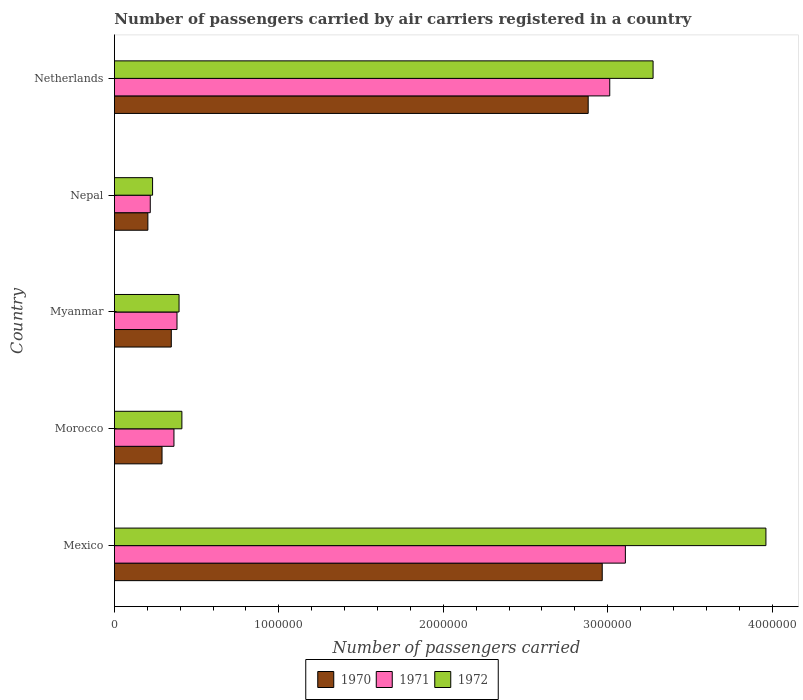
| Country | 1970 | 1971 | 1972 |
 | --- | --- | --- | --- |
 | Mexico | 2.97e+06 | 3.11e+06 | 3.96e+06 |
 | Morocco | 2.9e+05 | 3.62e+05 | 4.1e+05 |
 | Myanmar | 3.46e+05 | 3.80e+05 | 3.93e+05 |
 | Nepal | 2.03e+05 | 2.18e+05 | 2.32e+05 |
 | Netherlands | 2.88e+06 | 3.01e+06 | 3.28e+06 |